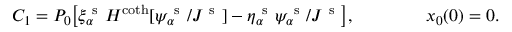
C _ { 1 } = P _ { 0 } \big [ \xi _ { \alpha } ^ { \mathrm { ~ s ~ } } H ^ { \coth } [ \psi _ { \alpha } ^ { \mathrm { ~ s ~ } } / J ^ { \mathrm { ~ s ~ } } ] - \eta _ { \alpha } ^ { \mathrm { ~ s ~ } } \psi _ { \alpha } ^ { \mathrm { ~ s ~ } } / J ^ { \mathrm { ~ s ~ } } \big ] , \qquad \qquad x _ { 0 } ( 0 ) = 0 .